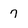
Character: 7